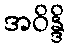
အဝိန္ဒိ